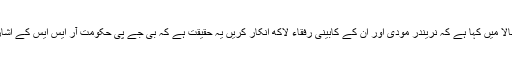
جیسا کہ ہم نے سطور بالا میں کہا ہے کہ نریندر مودی اور ان کے کابینی رفقاء لاکھ انکار کریں یہ حقیقت ہے کہ بی جے پی حکومت آر ایس ایس کے اشارے پر کام کررہی ہے۔